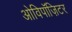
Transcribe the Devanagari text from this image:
ओविपॉज़िटर